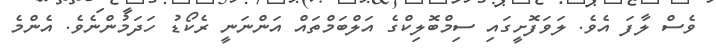
ވެސް ލާފަ އެވެ. ލަވަފޮށީގައި ސިމްބޮލިކްގެ އަލްބަމްތައް އަންނަނީ ރެކޯޑު ހަދަމުންނެވެ. އެންމެ